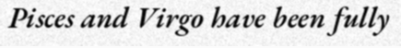
Pisces and Virgo have been fully